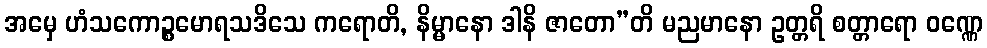
အမှေ ဟံသကောဉ္စမောရသဒိသေ ကရောတိ, နိမ္မာနော ဒါနိ ဇာတော”တိ မညမာနော ဥတ္တရိ စတ္တာရော ဝဏ္ဏေ